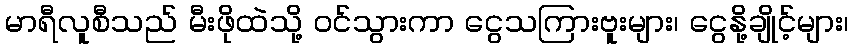
မာရီလူစီသည် မီးဖိုထဲသို့ ဝင်သွားကာ ငွေသကြားဗူးများ၊ ငွေနို့ချိုင့်များ၊